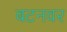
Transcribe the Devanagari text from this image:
बटनवर